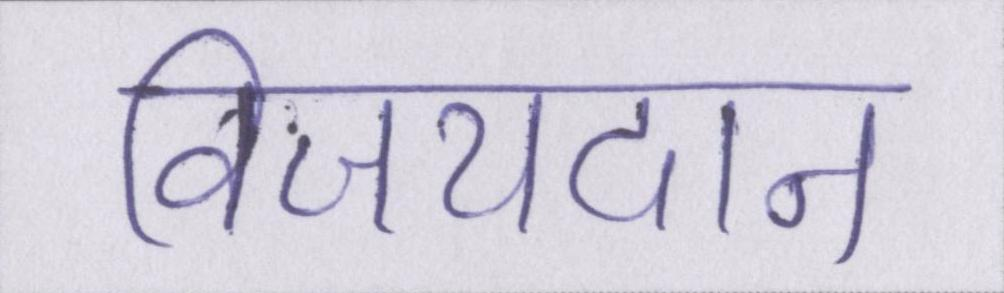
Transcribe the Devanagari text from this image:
विजयदान